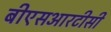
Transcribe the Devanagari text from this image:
बीएसआरटीसी